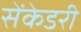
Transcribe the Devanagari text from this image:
सेंकेडरी